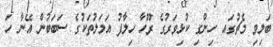
ބަލިވި މެޗުގައ ހިންގި ކުޅިވަރުގެ ރޫހާ ހިލާފު އަމަލުތަކުގެ ސަބަބުން އޭނާ ހަ